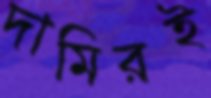
দামিরই